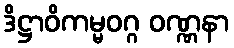
ဒိဋ္ဌာဝိကမ္မဝဂ္ဂ ဝဏ္ဏနာ